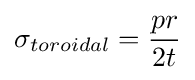
\sigma _{toroidal}={\frac {pr}{2t}}